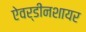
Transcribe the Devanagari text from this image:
ऐवर्डीनशायर